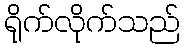
ရိုက်လိုက်သည်